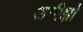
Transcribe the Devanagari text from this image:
अमीर्झा